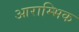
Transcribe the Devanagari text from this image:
आराम्भिक